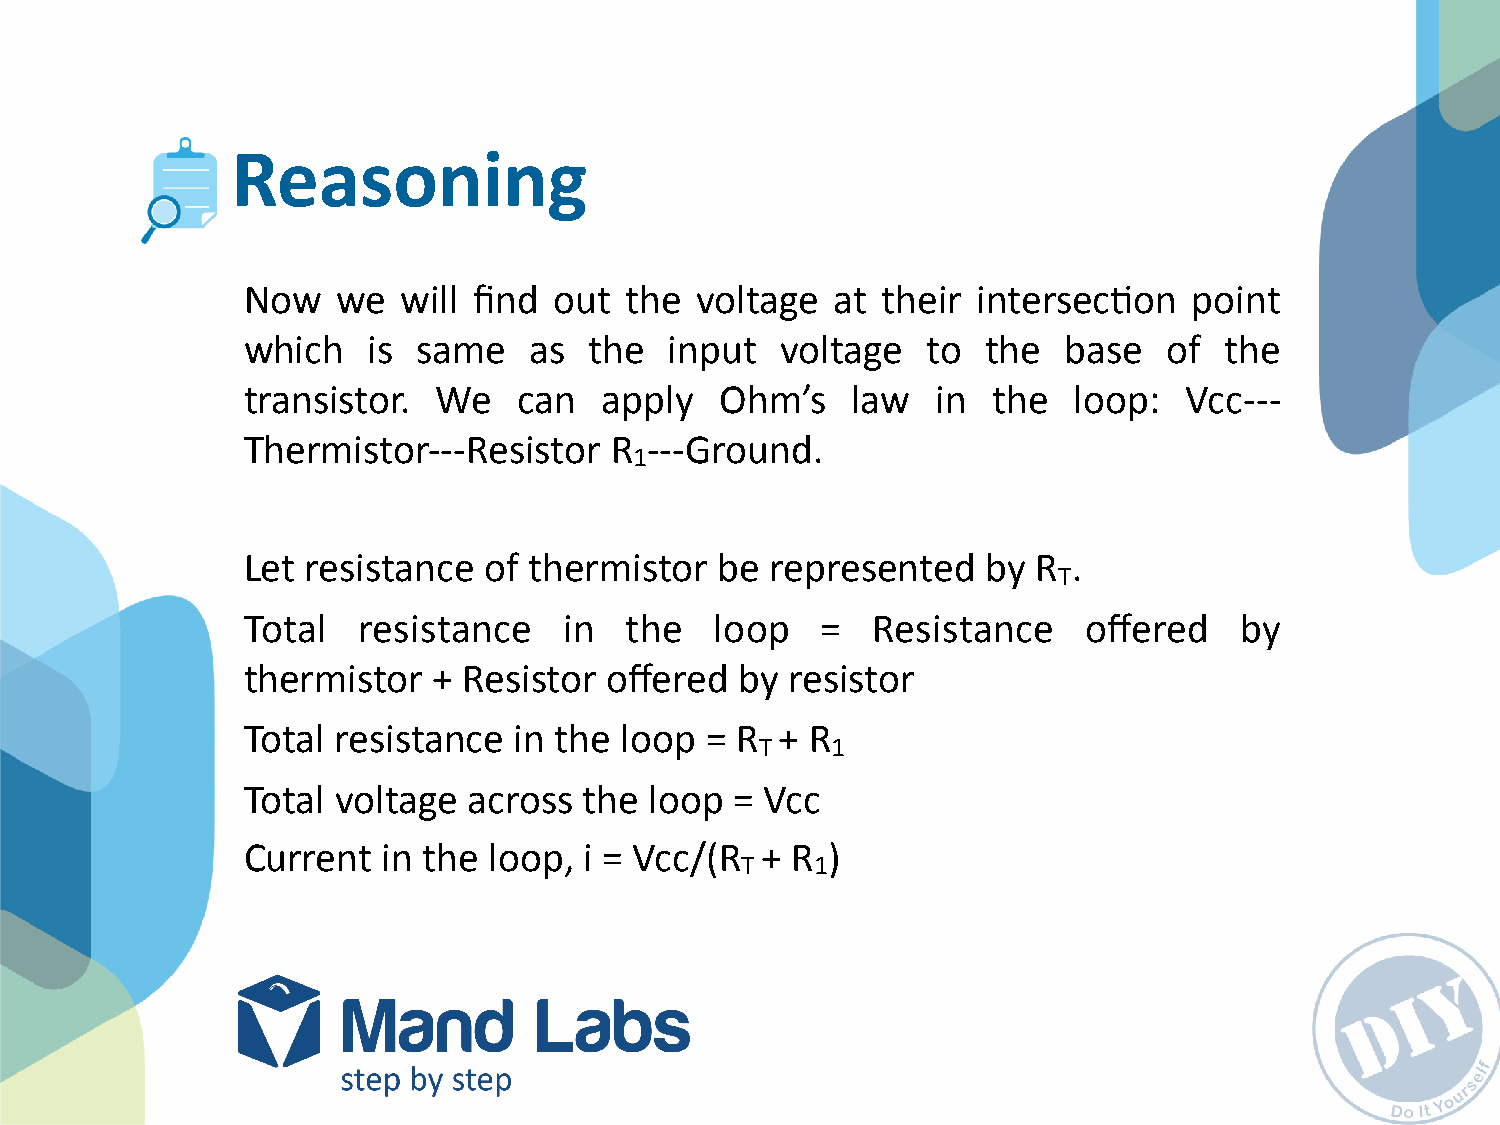
Reasoning
 Now   we   will find out the  voltage  at their  intersecPon   point
 which   is  same   as  the  input   voltage  to  the   base  of  the
 transistor.  We   can   apply   Ohm’s   law   in  the  loop:   Vcc-­‐-­‐-­‐
 Thermistor-­‐-­‐-­‐Resistor R -­‐-­‐-­‐Ground.
 1
 Let resistance  of thermistor   be represented   by  R .
 T
 Total   resistance   in  the   loop   =   Resistance    offered   by
 thermistor   + Resistor offered  by resistor
 Total resistance  in the loop  = R  + R
 T    1
 Total voltage  across  the loop  = Vcc
 Current  in the loop,  i = Vcc/(R + R  )
 T    1